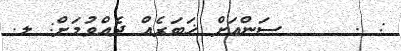
: .     ސަންއަށް ޚަބަރެއް ދެއްވުމަށް: ލ.